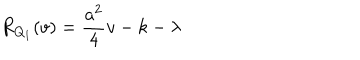
R _ { Q _ { 1 } } ( v ) = \frac { a ^ { 2 } } { 4 } v - k - \lambda